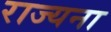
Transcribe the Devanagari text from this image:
राज्यना